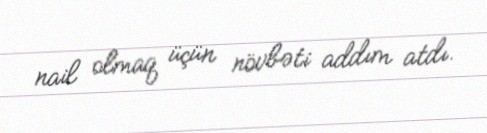
nail olmaq üçün növbəti addım atdı.